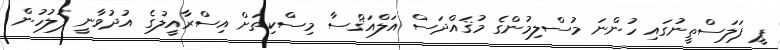
ޕީ ފަލަސްތީނުގައި ހުންނަ މުސްލިމުންގެ މުޤައްދަސް އަލްއަޤްސާ މިސްކިތަށް އިސްރާއީލުގެ އުދުވާނީ ފުލުހުން